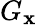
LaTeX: G_{\mathbf{x}}